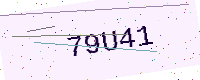
Text: 79U41